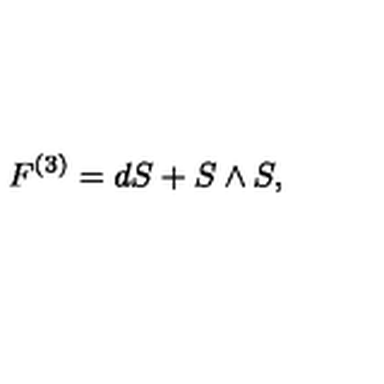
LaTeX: F ^ { ( 3 ) } = d S + S \wedge S ,